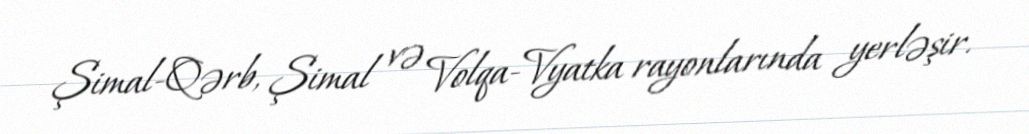
Şimal-Qərb, Şimal və Volqa-Vyatka rayonlarında yerləşir.